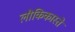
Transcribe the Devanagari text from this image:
लौकिकास्ते